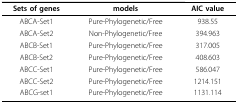
| Sets of genes | models | AIC value |
 | --- | --- | --- |
 | ABCA-Set1 | Pure-Phylogenetic/Free | 938.55 |
 | ABCA-Set2 | Non-Phylogenetic/Free | 394.963 |
 | ABCB-Set1 | Pure-Phylogenetic/Free | 317.005 |
 | ABCB-Set2 | Pure-Phylogenetic/Free | 408.603 |
 | ABCC-Set1 | Pure-Phylogenetic/Free | 586.047 |
 | ABCC-Set2 | Pure-Phylogenetic/Free | 1214.151 |
 | ABCG-set1 | Pure-Phylogenetic/Free | 1131.114 |